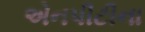
એનપીટીના